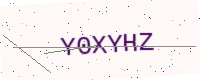
Text: Y0XYHZ